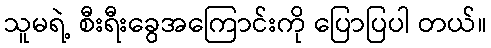
သူမရဲ့ စီးရီးခွေအကြောင်းကို ပြောပြပါ တယ်။